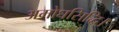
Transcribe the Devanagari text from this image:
अमोघसिद्धि।